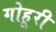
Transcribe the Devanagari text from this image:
गोहूरी